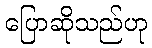
ပြောဆိုသည်ဟု